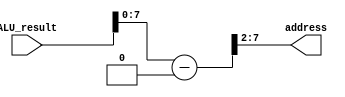
module AddressMapping(
	input [31:0] ALU_result,
	output [5:0] address
);
	wire [31:0] address_base;

	assign address_base = (ALU_result - 1024);
	// sram check for [7:1]
	assign address = address_base[7:2];

endmodule